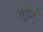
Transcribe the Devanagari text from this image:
होूते